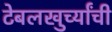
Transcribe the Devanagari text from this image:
टेबलखुर्च्यांची